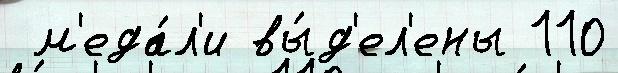
 м'еда́л'и вы́д'ел'ены 110